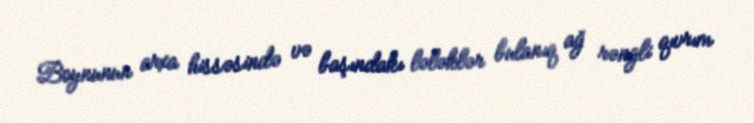
Boynunun arxa hissəsində və başındakı lələklər bulanıq ağ rəngli qıvrım